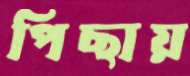
পিছায়